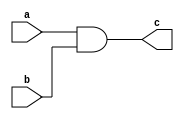
module AND_gate (a, b, c);
  input a, b;
  output c;
  wire a, b, c;
  assign c = a & b;
endmodule